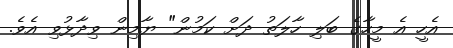
އެހީ އެ މީހާގެ ބަލި ހާލަތު ދަށް ކަމުން" ޔާމިން ވިދާޅުވި އެވެ.